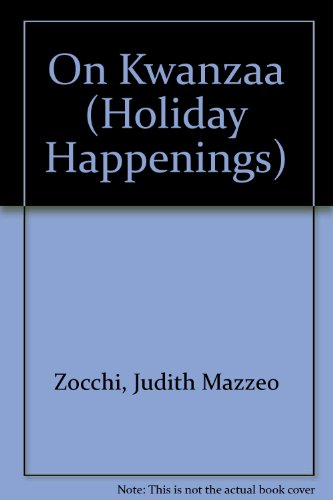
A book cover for On Kwanzaa (Holiday Happenings); Judith Mazzeo Zocchi; Children's Books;